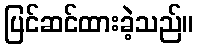
ပြင်ဆင်ထားခဲ့သည်။